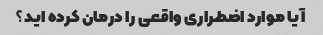
آیا موارد اضطراری واقعی را درمان کرده اید؟